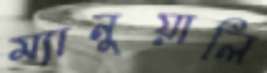
ম্যানুয়ালি